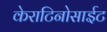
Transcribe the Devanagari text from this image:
केराटिनोसाईट